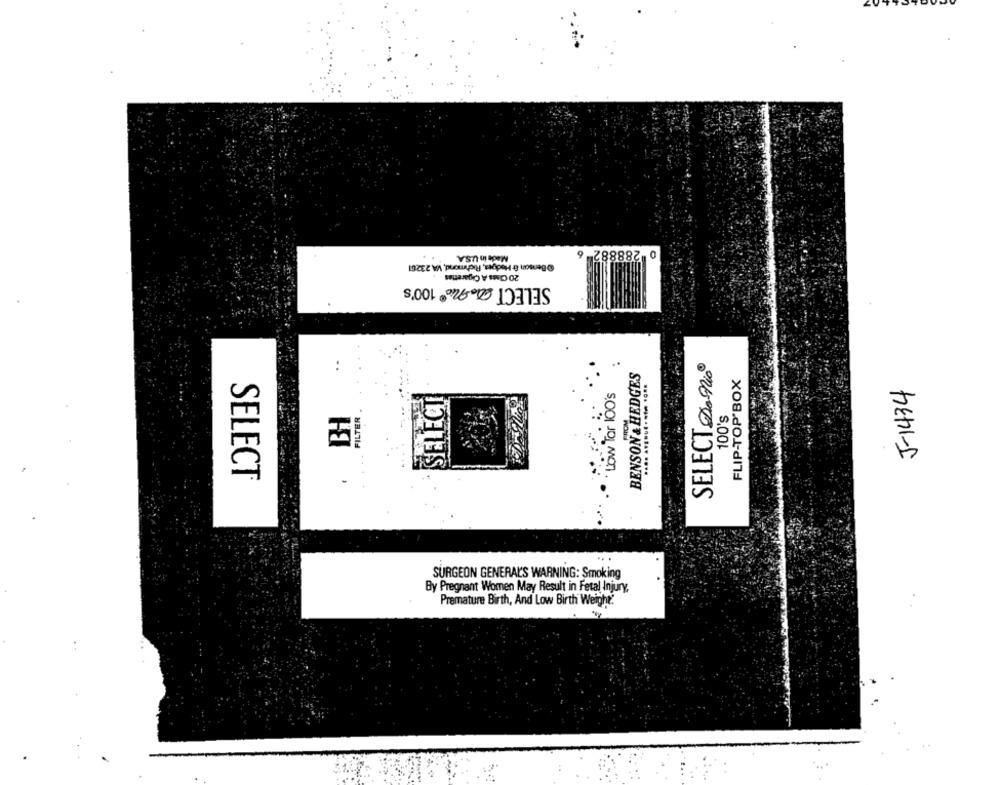
Made in U.S.A.
@ Benson & Hedges, Richmond, VA 23261
20 Class A Cigarettes
SELECT No® 100's
..
SELECT DaMio
BENSON & HEDGES
.... ...... ... ....
FLIP-TOP BOX
Low Tar 100's
J-1434
SELECT
100's
FILTER
SELECT
...
SURGEON GENERAL'S WARNING: Smoking
By Pregnant Women May Result in Fetal Injury
Premature Birth, And Low Birth Weight: